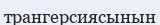
трангерсиясынын